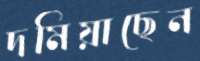
দমিয়াছেন